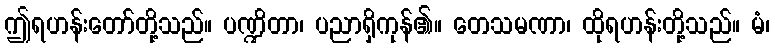
ဤရဟန်းတော်တို့သည်။ ပဏ္ဍိတာ၊ ပညာရှိကုန်၏။ တေသမဏာ၊ ထိုရဟန်းတို့သည်။ မံ၊